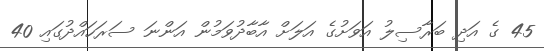
45 ގެ އަދި ބަރާސިލު އަވަށުގެ އަލަަށް އާބާދުވަމުން އަންނަ ސަރަހައްދުގައި 40